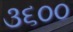
૩૬૦૦